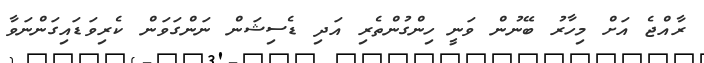
ރާއްޖެ އަށް މިހާރު ބޭނުން ވަނީ ހިންގުންތެރި އަދި ޑެސިޝަން ނަންގަވަން ކެރިވަޑައިގަންނަވާ